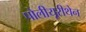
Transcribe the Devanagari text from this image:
पोलीयूरीथेन